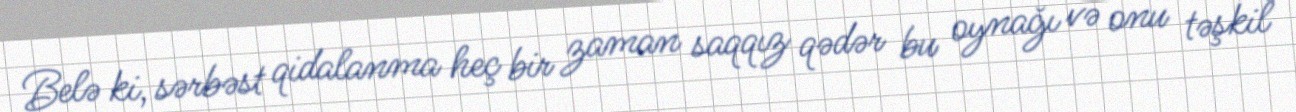
Belə ki, sərbəst qidalanma heç bir zaman saqqız qədər bu oynağı və onu təşkil